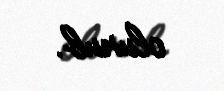
olunub.